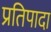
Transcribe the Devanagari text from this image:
प्रतिपादा